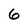
Character: 6